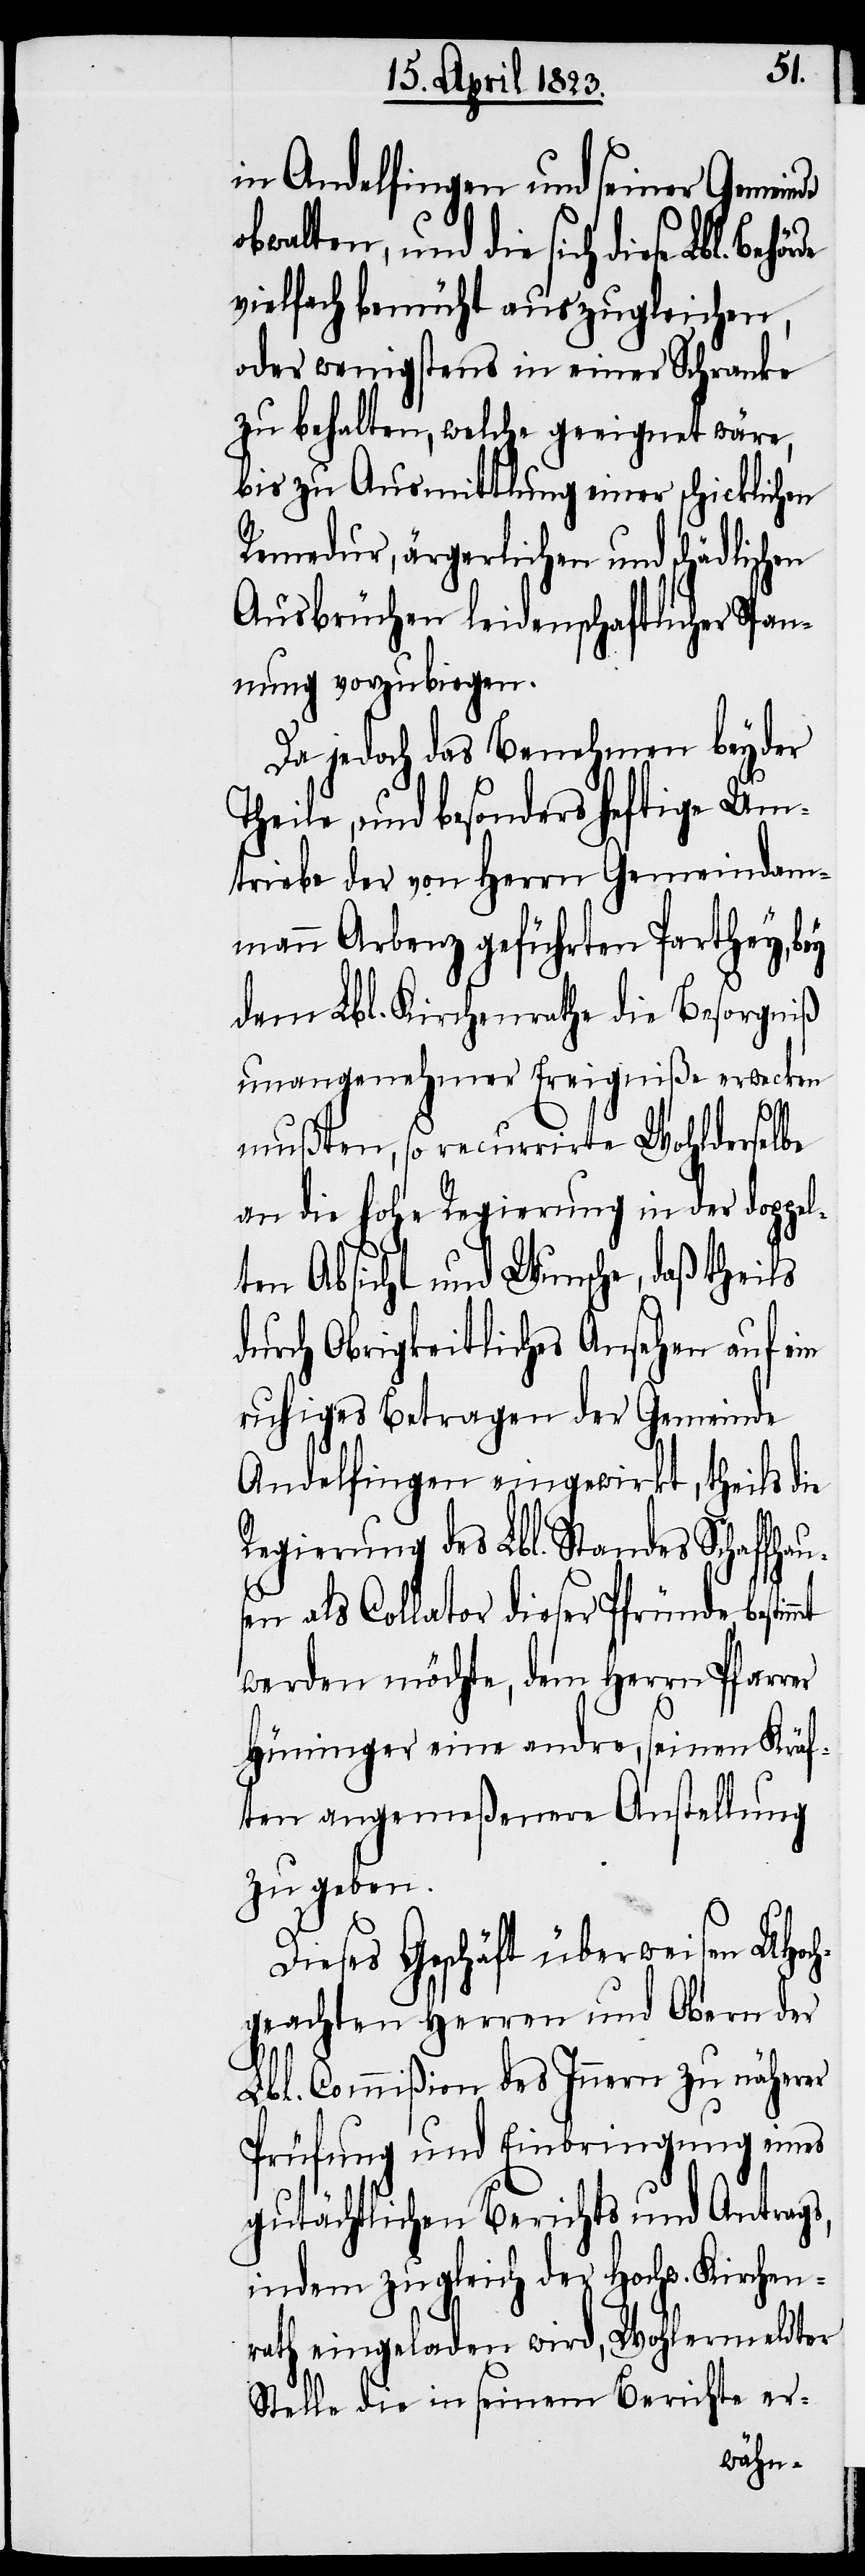
mt
in Andelfingen und seiner Gemeinde
obwalten, und die sich diese Lbl.
vielfach bemüht auszugleichen,
oder wenigstens in einer Schranke
zu behalten, welche geeignet wäre,
bis zu Ausmittlung einer schicklichen
Remedur, ärgerlichen und schädlichen
Ausbrüchen leidenschaftlicher Span¬
nung vorzubiegen.
Da jedoch das Benehmen beyder
Theile, und besonders heftige Um¬
triebe der von Herrn Gemeindam¬
mann Arbenz geführten Parthey, bey
dem Lbl. Kirchenrathe die Besorgniß
unangenehmer Ereigniße erwecken
mußten, so recurrirte Wohlderselbe
an die hohe Regierung in der doppel¬
ten Absicht und Wunsche, daß theils
durch Obrigkeitliches Ansehen auf ein
ruhiges Betragen der Gemeinde
Andelfingen eingewirkt, theils die
Regierung des Lbl. Standes Schaffhau¬
sen als Collator dieser Pfründe, bestim¬
werden möchte, dem Herrn Pfarrer
Hüninger eine andre, seinen Kräf¬
ten angemeßenere Anstellung
zu geben.
Dieses Geschäft überweisen UHoch¬
geachten Herren und Obern der
Lbl. Commißion des Innern zu näherer
Prüfung und Einbringung eines
gutächtlichen Berichts und Antrags,
indem zugleich der Hochw. Kirchen¬
rath eingeladen wird, Wohlermeldter
Stelle die in seinem Berichte er-